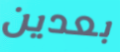
بعدين